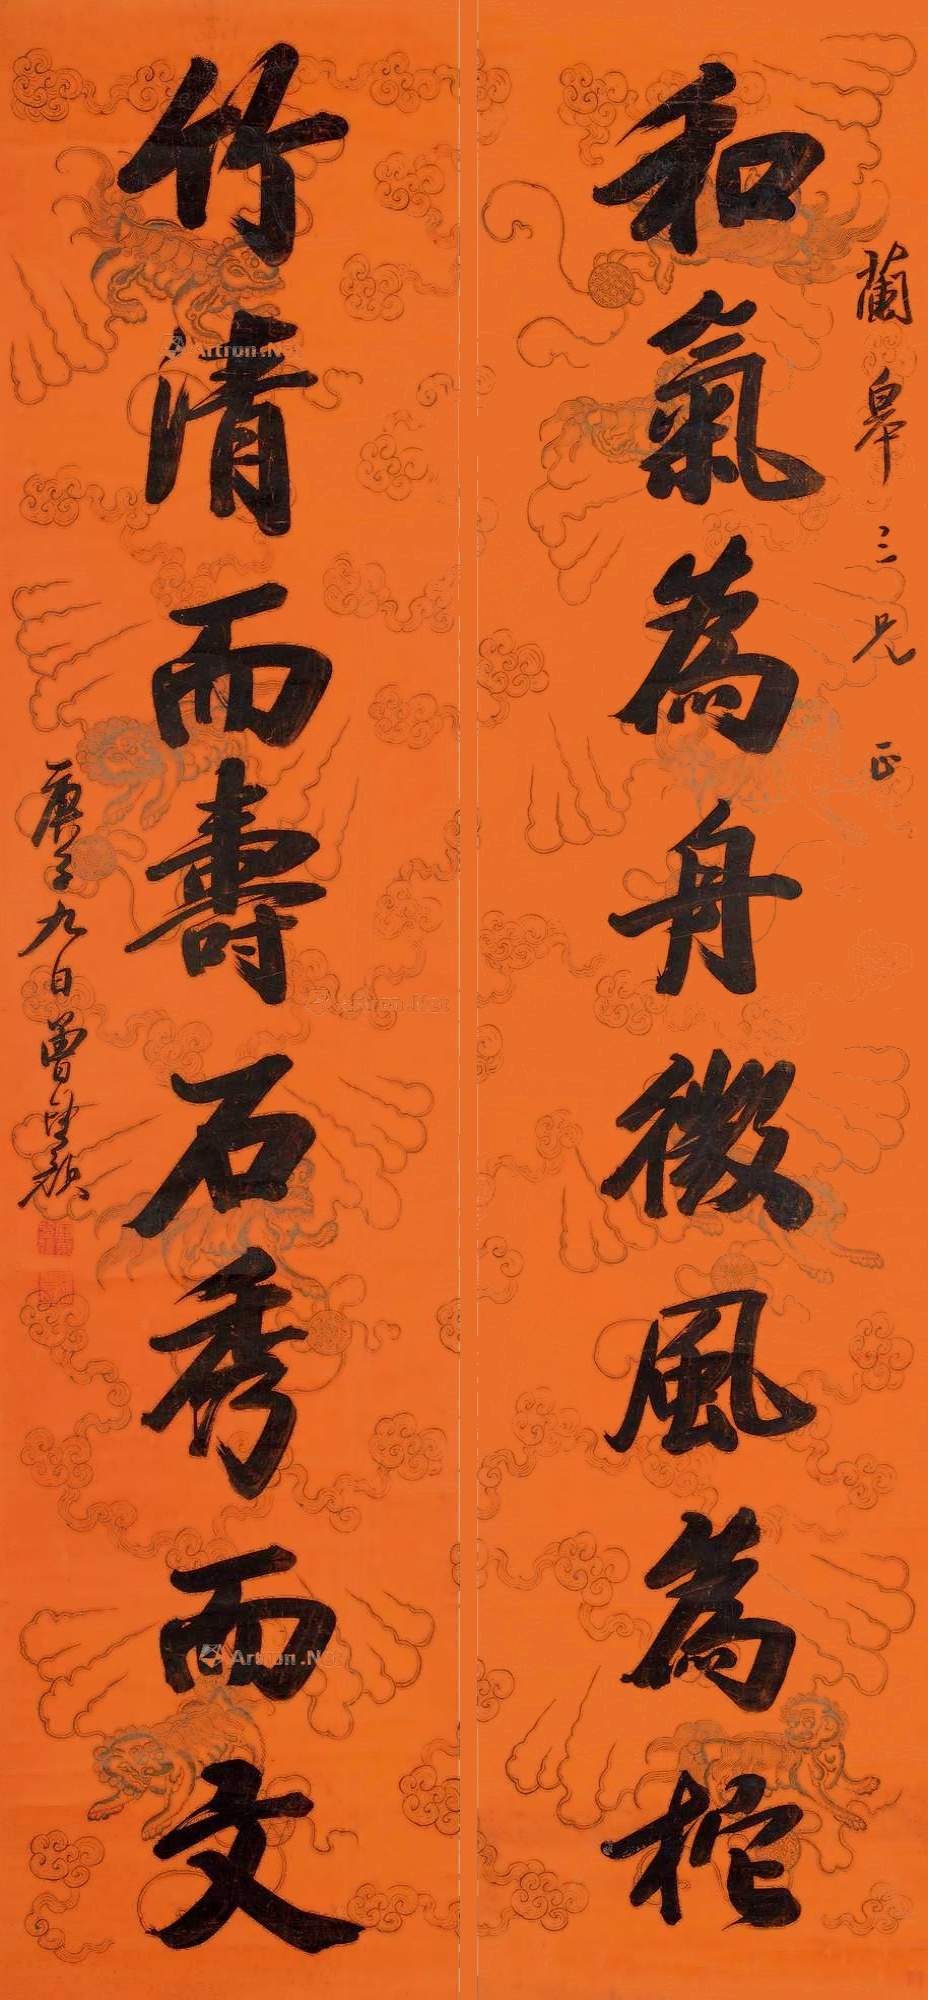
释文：和气为舟微风为柁，竹清而寿石秀而文。兰皋三兄正，庚子九月曾望颜。